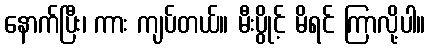
နောက်ပြီး၊ ကား ကျပ်တယ်။ မီးပွိုင့် မိရင် ကြာလို့ပါ။